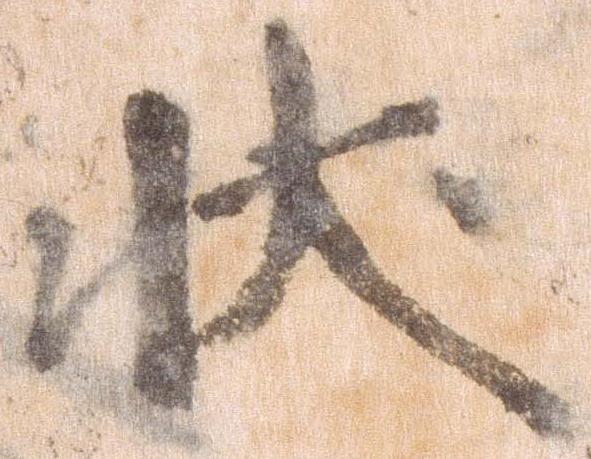
状